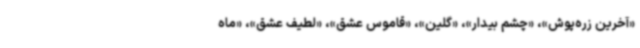
«آخرین زره‌پوش»، «چشم بیدار»، «گلین»، «قاموس عشق»، «لطیف عشق»، «ماه